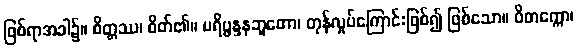
ဖြစ်ရာအခါ၌။ စိတ္တဿ၊ စိတ်၏။ ပရိပ္ဖန္ဒနဘူတော၊ တုန်လှုပ်ကြောင်းဖြစ်၍ ဖြစ်သော။ ဝိတက္ကော၊